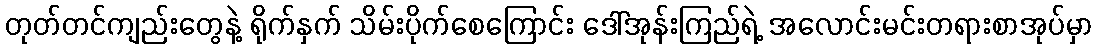
တုတ်တင်ကျည်းတွေနဲ့ ရိုက်နှက် သိမ်းပိုက်စေကြောင်း ဒေါ်အုန်းကြည်ရဲ့ အလောင်းမင်းတရားစာအုပ်မှာ